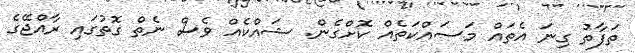
ތަފާތު ގިނަ އެތައް މަސައްކަތެއް ކޮށްގެން. ޝައްކެއް ވެސް ނެތް ގޮތުގައި ރާއްޖޭގެ